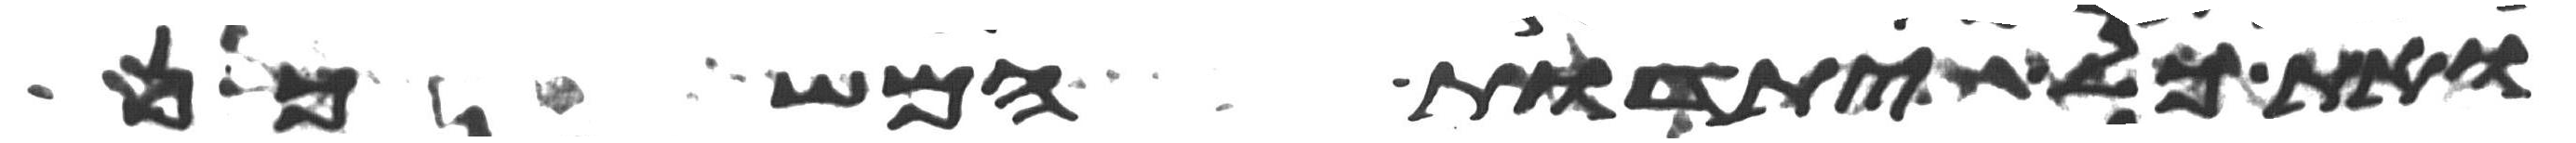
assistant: ואת כל יתדות המשכן